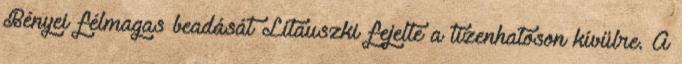
Bényei félmagas beadását Litauszki fejelte a tizenhatoson kívülre. A